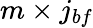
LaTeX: m\times j_{bf}